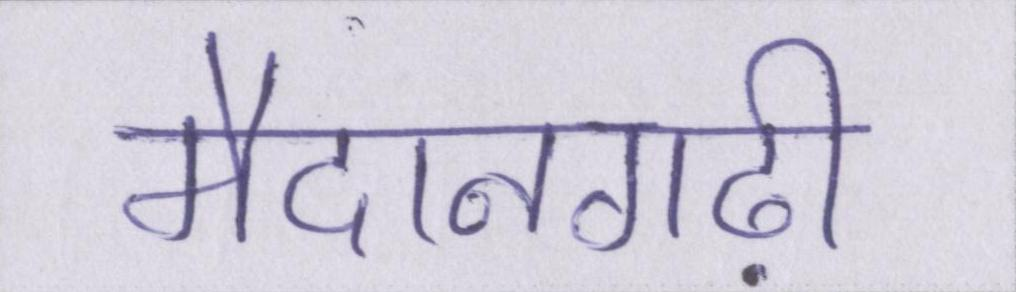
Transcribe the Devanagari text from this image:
मैदानगढ़ी